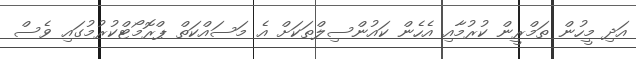
އަދި މީހުން ތަމްރީން ކުރުމާއި އެހެން ކައުންސިލްތަކަށް އެ މަސައްކަތް ޕްރޮމޯޓްކުރުމުގައި ވެސް